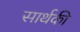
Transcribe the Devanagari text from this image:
सार्थकी